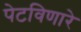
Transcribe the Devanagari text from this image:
पेटविणारे